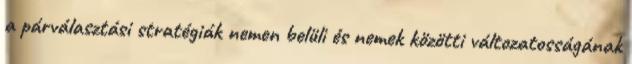
a párválasztási stratégiák nemen belüli és nemek közötti változatosságának